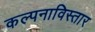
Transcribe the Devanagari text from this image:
कल्पनाविस्तार